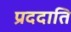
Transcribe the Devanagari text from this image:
प्रददाति